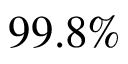
9 9 . 8 \%